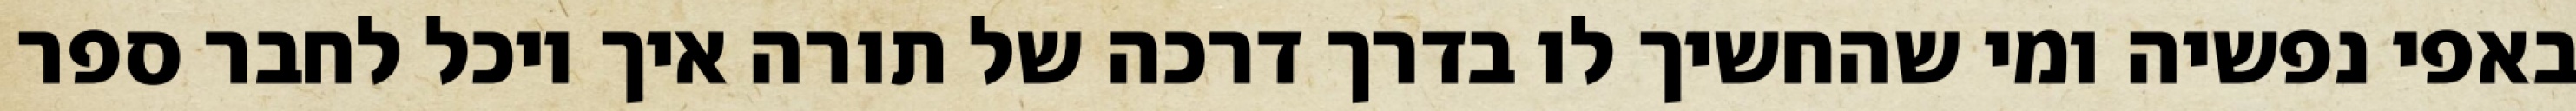
באפי נפשיה ומי שהחשיך לו בדרך דרכה של תורה איך יוכל לחבר ספר